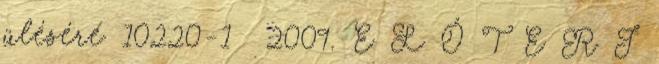
ülésére 10220-1 2009. E L Ő T E R J